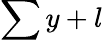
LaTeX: \sum y+l